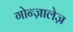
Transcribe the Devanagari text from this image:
गोन्ज़ालेज़